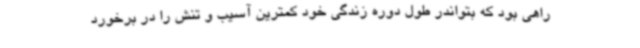
راهی بود که بتواندر طول دوره زندگی خود کمترین آسیب و تنش را در برخورد